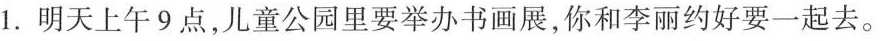
1.明天上午9点，儿童公园里要举办书画展，你和李丽约好要一起去。